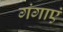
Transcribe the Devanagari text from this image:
गंगाएं